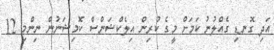
އަދި ގޮނޑި ގެއްލުނު ކަމަށް މީގެ ކުރިން އިލެކްޝަންސް ކޮމިޝަނުން ނިންމި 12